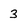
Character: 3